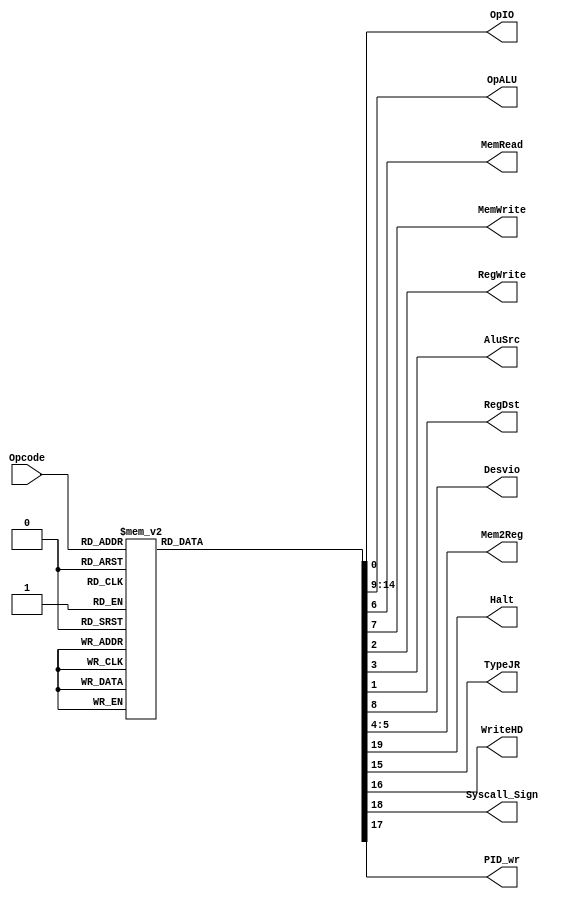
module UnidadedeControle(Opcode,OpIO,OpALU,MemRead,MemWrite,RegWrite,AluSrc,RegDst,Desvio,Mem2Reg,Halt,TypeJR,WriteHD,Syscall_Sign,PID_wr);

	input [5:0] Opcode;
	output reg OpIO,MemRead,MemWrite,RegWrite,AluSrc,RegDst,Desvio,Halt,TypeJR,WriteHD,Syscall_Sign,PID_wr;
	output reg[5:0] OpALU;
	output reg[1:0] Mem2Reg;

	always@(Opcode)
	begin

		case(Opcode)
			6'B000000: // ARITMETICAS
			begin
			OpIO 		<= 1'B0;
			RegDst 	<= 1'B1;
			RegWrite <= 1'B1;
			AluSrc 	<= 1'B0;
			Mem2Reg 	<= 2'B10;
			MemRead 	<= 1'B0;
			MemWrite <= 1'B0;
			Desvio 	<= 1'B0;
			OpALU 	<= 6'B000000;
			TypeJR   <= 1'B0;
			WriteHD  <= 1'B0;
			PID_wr   <= 1'B0;
			Syscall_Sign <= 1'B0;
			Halt <= 1'B0;
			end
			
			6'B000001: // LOGICAS
			begin
			OpIO 		<= 1'B0;
			RegDst 	<= 1'B1;
			RegWrite <= 1'B1;
			AluSrc 	<= 1'B0;
			Mem2Reg 	<= 2'B10;
			MemRead 	<= 1'B0;
			MemWrite <= 1'B0;
			Desvio 	<= 1'B0;
			OpALU 	<= 6'B000000;
			TypeJR   <= 1'B0;
			WriteHD  <= 1'B0;
			PID_wr   <= 1'B0;
			Syscall_Sign <= 1'B0;
			Halt <= 1'B0;
			end
			
			6'B000010: // ADDI
			begin
			OpIO 		<= 1'B0;
			RegDst 	<= 1'B0;
			RegWrite <= 1'B1;
			AluSrc 	<= 1'B1;
			Mem2Reg 	<= 2'B10;
			MemRead 	<= 1'B0;
			MemWrite <= 1'B0;
			Desvio 	<= 1'B0;
			OpALU 	<= 6'B000000;
			TypeJR   <= 1'B0;
			WriteHD  <= 1'B0;
			PID_wr   <= 1'B0;
			Syscall_Sign <= 1'B0;
			Halt <= 1'B0;
			end
			
			6'B000011: // MOVE
			begin
			OpIO 		<= 1'B0;
			RegDst 	<= 1'B0;
			RegWrite <= 1'B1;
			AluSrc 	<= 1'B1;
			Mem2Reg 	<= 2'B10;
			MemRead 	<= 1'B0;
			MemWrite <= 1'B0;
			Desvio 	<= 1'B0;
			OpALU 	<= 6'B000000;
			TypeJR   <= 1'B0;
			WriteHD  <= 1'B0;
			PID_wr   <= 1'B0;
			Syscall_Sign <= 1'B0;
			Halt <= 1'B0;
			end
			
			6'B000100: // SLT
			begin
			OpIO 		<= 1'B0;
			RegDst 	<= 1'B1;
			RegWrite <= 1'B1;
			AluSrc 	<= 1'B0;
			Mem2Reg 	<= 2'B10;
			MemRead 	<= 1'B0;
			MemWrite <= 1'B0;
			Desvio 	<= 1'B0;
			OpALU 	<= 6'B000000;
			TypeJR   <= 1'B0;
			WriteHD  <= 1'B0;	
			PID_wr   <= 1'B0;	
			Syscall_Sign <= 1'B0;
			Halt <= 1'B0;
			end
			
			6'B000101: // Jump
			begin
			OpIO 		<= 1'B0;
			RegDst 	<= 1'B1;
			RegWrite <= 1'B0;
			AluSrc 	<= 1'B1;
			Mem2Reg 	<= 2'B10;
			MemRead 	<= 1'B0;
			MemWrite <= 1'B0;
			Desvio 	<= 1'B1;
			OpALU 	<= 6'B000000;
			TypeJR   <= 1'B0;
			WriteHD  <= 1'B0;	
			PID_wr   <= 1'B0;	
			Syscall_Sign <= 1'B0;
			Halt     <= 1'B0;	
			end

			6'B000110: // Load
			begin
			OpIO 		<= 1'B0;
			RegDst 	<= 1'B0;
			RegWrite <= 1'B1;
			AluSrc 	<= 1'B1;
			Mem2Reg 	<= 2'B00;
			MemRead 	<= 1'B1;
			MemWrite <= 1'B0;
			Desvio 	<= 1'B0;
			OpALU 	<= 6'B000000;
			TypeJR   <= 1'B0;
			WriteHD  <= 1'B0;
			PID_wr   <= 1'B0;
			Syscall_Sign <= 1'B0;
			Halt <= 1'B0;		
			end
			
			6'B000111: // Store
			begin
			OpIO 		<= 1'B0;
			RegDst 	<= 1'B0;
			RegWrite <= 1'B0;
			AluSrc 	<= 1'B1;
			Mem2Reg 	<= 2'B10;
			MemRead 	<= 1'B0;
			MemWrite <= 1'B1;
			Desvio 	<= 1'B0;
			OpALU 	<= 6'B000000;
			TypeJR   <= 1'B0;
			WriteHD  <= 1'B0;
			PID_wr   <= 1'B0;	
			Syscall_Sign <= 1'B0;
			Halt <= 1'B0;	
			end
			
			6'B001000: // IN
			begin
			Halt     <= 1'B1;
			OpIO 		<= 1'B1;
			RegDst	<= 1'B0;
			RegWrite <= 1'B1;
			AluSrc 	<= 1'B1;
			Mem2Reg 	<= 2'B01;
			MemRead 	<= 1'B0;
			MemWrite <= 1'B0;
			Desvio 	<= 1'B0;
			OpALU 	<= 6'B000000;
			TypeJR   <= 1'B0;
			WriteHD  <= 1'B0;	
			PID_wr   <= 1'B0;
			Syscall_Sign <= 1'B0;
			end	
	
			6'B001001: // OUT
			begin
			OpIO 		<= 1'B1;
			RegDst 	<= 1'B0;
			RegWrite <= 1'B0;
			AluSrc 	<= 1'B1;
			Mem2Reg 	<= 2'B01;
			MemRead 	<= 1'B0;
			MemWrite <= 1'B0;
			Desvio 	<= 1'B0;
			OpALU 	<= 6'B000000;
			TypeJR   <= 1'B0;
			WriteHD  <= 1'B0;
			PID_wr   <= 1'B0;
			Syscall_Sign <= 1'B0;
			Halt <= 1'B0;
			end
			
			
			6'B001010: // BEQ
			begin
			OpIO 		<= 1'B0;
			RegDst 	<= 1'B0;
			RegWrite <= 1'B0;
			AluSrc 	<= 1'B0;
			Mem2Reg 	<= 2'B10;
			MemRead 	<= 1'B0;
			MemWrite <= 1'B0;
			Desvio 	<= 1'B1;
			OpALU 	<= 6'B000000;
			TypeJR   <= 1'B0;
			WriteHD  <= 1'B0;	
			PID_wr   <= 1'B0;	
			Syscall_Sign <= 1'B0;
			Halt <= 1'B0;
			end
			
			6'B001011: // BNE
			begin
			OpIO 		<= 1'B0;
			RegDst 	<= 1'B0;
			RegWrite <= 1'B0;
			AluSrc 	<= 1'B0;
			Mem2Reg 	<= 2'B10;
			MemRead 	<= 1'B0;
			MemWrite <= 1'B0;
			Desvio 	<= 1'B1;
			OpALU 	<= 6'B000000;
			TypeJR   <= 1'B0;
			WriteHD  <= 1'B0;
			PID_wr   <= 1'B0;
			Syscall_Sign <= 1'B0;
			Halt <= 1'B0;
			end
			
			6'B001100: // NOP (12)
			begin
			OpIO 		<= 1'B0;
			RegDst 	<= 1'B0;
			RegWrite <= 1'B0;
			AluSrc 	<= 1'B0;
			Mem2Reg 	<= 2'B10;
			MemRead 	<= 1'B0;
			MemWrite <= 1'B0;
			Desvio 	<= 1'B0;
			OpALU 	<= 6'B000000;
			TypeJR   <= 1'B0;
			WriteHD  <= 1'B0;
			PID_wr   <= 1'B0;
			Syscall_Sign <= 1'B0;
			Halt <= 1'B0;
			end
			
			6'B001101: // diff (13)
			begin
			OpIO 		<= 1'B0;
			RegDst 	<= 1'B1;
			RegWrite <= 1'B1;
			AluSrc 	<= 1'B0;
			Mem2Reg 	<= 2'B10;
			MemRead 	<= 1'B0;
			MemWrite <= 1'B0;
			Desvio 	<= 1'B0;
			OpALU 	<= 6'B000000;
			TypeJR   <= 1'B0;
			WriteHD  <= 1'B0;
			PID_wr   <= 1'B0;
			Syscall_Sign <= 1'B0;
			Halt <= 1'B0;
			end
			
			6'B001111: // sbt (15)
			begin
			OpIO 		<= 1'B0;
			RegDst 	<= 1'B1;
			RegWrite <= 1'B1;
			AluSrc 	<= 1'B0;
			Mem2Reg 	<= 2'B10;
			MemRead 	<= 1'B0;
			MemWrite <= 1'B0;
			Desvio 	<= 1'B0;
			OpALU 	<= 6'B000000;
			TypeJR   <= 1'B0;
			WriteHD  <= 1'B0;
			PID_wr   <= 1'B0;
			Syscall_Sign <= 1'B0;
			Halt <= 1'B0;
			end
			
			6'B010000: // equal () (16)
			begin
			OpIO 		<= 1'B0;
			RegDst 	<= 1'B1;
			RegWrite <= 1'B1;
			AluSrc 	<= 1'B0;
			Mem2Reg 	<= 2'B10;
			MemRead 	<= 1'B0;
			MemWrite <= 1'B0;
			Desvio 	<= 1'B0;
			OpALU 	<= 6'B000000;
			TypeJR   <= 1'B0;
			WriteHD  <= 1'B0;
			PID_wr   <= 1'B0;
			Syscall_Sign <= 1'B0;
			Halt <= 1'B0;
			end
			
			6'B010001: // sbte (17)
			begin
			OpIO 		<= 1'B0;
			RegDst 	<= 1'B1;
			RegWrite <= 1'B1;
			AluSrc 	<= 1'B0;
			Mem2Reg 	<= 2'B10;
			MemRead 	<= 1'B0;
			MemWrite <= 1'B0;
			Desvio 	<= 1'B0;
			OpALU 	<= 6'B000000;
			TypeJR   <= 1'B0;
			WriteHD  <= 1'B0;
			PID_wr   <= 1'B0;
			Syscall_Sign <= 1'B0;
			Halt <= 1'B0;
			end
			
			6'B010010: // slte (18)
			begin
			OpIO 		<= 1'B0;
			RegDst 	<= 1'B1;
			RegWrite <= 1'B1;
			AluSrc 	<= 1'B0;
			Mem2Reg 	<= 2'B10;
			MemRead 	<= 1'B0;
			MemWrite <= 1'B0;
			Desvio 	<= 1'B0;
			OpALU 	<= 6'B000000;	
			TypeJR   <= 1'B0;
			WriteHD  <= 1'B0;
			PID_wr   <= 1'B0;
			Syscall_Sign <= 1'B0;
			Halt <= 1'B0;
			end
			
			6'B010011: // JR (19)
			begin
			OpIO 		<= 1'B0;
			RegDst 	<= 1'B1;
			RegWrite <= 1'B0;
			AluSrc 	<= 1'B1;
			Mem2Reg 	<= 2'B10;
			MemRead 	<= 1'B0;
			MemWrite <= 1'B0;
			Desvio 	<= 1'B1;
			OpALU 	<= 6'B000000;
			TypeJR 	<= 1'B1;
			WriteHD  <= 1'B0;
			PID_wr   <= 1'B0;
			Syscall_Sign <= 1'B0;
			Halt <= 1'B0;
			end
			
			6'B010100: // SUBI
			begin
			OpIO 		<= 1'B0;
			RegDst 	<= 1'B0;
			RegWrite <= 1'B1;
			AluSrc 	<= 1'B1;
			Mem2Reg 	<= 2'B10;
			MemRead 	<= 1'B0;
			MemWrite <= 1'B0;
			Desvio 	<= 1'B0;
			OpALU 	<= 6'B000000;			
			TypeJR   <= 1'B0;
			WriteHD  <= 1'B0;
			PID_wr   <= 1'B0;
			Syscall_Sign <= 1'B0;
			Halt <= 1'B0;
			end
			
			6'B010101: // BEGIN_FILE
			begin
			OpIO 		<= 1'B0;
			RegDst 	<= 1'B0;
			RegWrite <= 1'B0;
			AluSrc 	<= 1'B0;
			Mem2Reg 	<= 2'B10;
			MemRead 	<= 1'B0;
			MemWrite <= 1'B0;
			Desvio 	<= 1'B0;
			OpALU 	<= 6'B000000;
			TypeJR   <= 1'B0;
			WriteHD  <= 1'B0;
			PID_wr   <= 1'B0;
			Syscall_Sign <= 1'B0;
			Halt <= 1'B0;
			end
			
			6'B010110: // END_FILE
			begin
			OpIO 		<= 1'B0;
			RegDst 	<= 1'B0;
			RegWrite <= 1'B0;
			AluSrc 	<= 1'B0;
			Mem2Reg 	<= 2'B10;
			MemRead 	<= 1'B0;
			MemWrite <= 1'B0;
			Desvio 	<= 1'B0;
			OpALU 	<= 6'B000000;
			TypeJR   <= 1'B0;
			WriteHD  <= 1'B0;
			PID_wr   <= 1'B0;
			Syscall_Sign <= 1'B0;
			Halt <= 1'B0;
			end
			
			6'B010111: // HD_HEAD
			begin
			OpIO 		<= 1'B0;
			RegDst 	<= 1'B0;
			RegWrite <= 1'B0;
			AluSrc 	<= 1'B0;
			Mem2Reg 	<= 2'B10;
			MemRead 	<= 1'B0;
			MemWrite <= 1'B0;
			Desvio 	<= 1'B0;
			OpALU 	<= 6'B000000;
			TypeJR   <= 1'B0;
			WriteHD  <= 1'B0;
			PID_wr   <= 1'B0;
			Syscall_Sign <= 1'B0;
			Halt <= 1'B0;
			end
			
			6'B011000: // HD_END
			begin
			OpIO 		<= 1'B0;
			RegDst 	<= 1'B0;
			RegWrite <= 1'B0;
			AluSrc 	<= 1'B0;
			Mem2Reg 	<= 2'B10;
			MemRead 	<= 1'B0;
			MemWrite <= 1'B0;
			Desvio 	<= 1'B0;
			OpALU 	<= 6'B000000;
			TypeJR   <= 1'B0;
			WriteHD  <= 1'B0;
			PID_wr   <= 1'B0;
			Syscall_Sign <= 1'B0;
			Halt <= 1'B0;
			end
			
			6'B011001: // HALT
			begin
			OpIO 		<= 1'B0;
			RegDst 	<= 1'B0;
			RegWrite <= 1'B0;
			AluSrc 	<= 1'B0;
			Mem2Reg 	<= 2'B10;
			MemRead 	<= 1'B0;
			MemWrite <= 1'B0;
			Desvio 	<= 1'B0;
			OpALU 	<= 6'B000000;
			TypeJR   <= 1'B0;
			WriteHD  <= 1'B0;
			PID_wr   <= 1'B0;
			Syscall_Sign <= 1'B0;
			Halt <= 1'B0;
			end
			
			6'B011010: // EMIT_MSG
			begin
			OpIO 		<= 1'B0;
			RegDst 	<= 1'B0;
			RegWrite <= 1'B0;
			AluSrc 	<= 1'B0;
			Mem2Reg 	<= 2'B10;
			MemRead 	<= 1'B0;
			MemWrite <= 1'B0;
			Desvio 	<= 1'B0;
			OpALU 	<= 6'B000000;
			TypeJR   <= 1'B0;
			WriteHD  <= 1'B0;
			PID_wr   <= 1'B0;
			Syscall_Sign <= 1'B0;
			Halt <= 1'B0;
			end
			
			6'B011011: // ROUND_ROBIN
			begin
			OpIO 		<= 1'B0;
			RegDst 	<= 1'B0;
			RegWrite <= 1'B0;
			AluSrc 	<= 1'B0;
			Mem2Reg 	<= 2'B10;
			MemRead 	<= 1'B0;
			MemWrite <= 1'B0;
			Desvio 	<= 1'B0;
			OpALU 	<= 6'B000000;
			TypeJR   <= 1'B0;
			WriteHD  <= 1'B0;
			Syscall_Sign <= 1'B0;
			Halt <= 1'B0;
			PID_wr   <= 1'B0;
			end
			
			6'B011100: // SET_PID
			begin
			OpIO 		<= 1'B0;
			RegDst 	<= 1'B0;
			RegWrite <= 1'B1;
			AluSrc 	<= 1'B1;
			Mem2Reg 	<= 2'B00;
			MemRead 	<= 1'B1;
			MemWrite <= 1'B0;
			Desvio 	<= 1'B0;
			OpALU 	<= 6'B000000;
			TypeJR   <= 1'B0;
			WriteHD  <= 1'B0;
			PID_wr	<= 1'B1;
			Syscall_Sign <= 1'B0;
			Halt <= 1'B0;
			end
			
			6'B011101: // CREATE_FILE
			begin
			OpIO 		<= 1'B0;
			RegDst 	<= 1'B0;
			RegWrite <= 1'B0;
			AluSrc 	<= 1'B0;
			Mem2Reg 	<= 2'B10;
			MemRead 	<= 1'B0;
			MemWrite <= 1'B0;
			Desvio 	<= 1'B0;
			OpALU 	<= 6'B000000;
			TypeJR   <= 1'B0;
			WriteHD  <= 1'B0;
			PID_wr   <= 1'B0;
			Syscall_Sign <= 1'B0;
			Halt <= 1'B0;
			end
			
			6'B011110: // Write
			begin
			OpIO 		<= 1'B0;
			RegDst 	<= 1'B0;
			RegWrite <= 1'B1;
			AluSrc 	<= 1'B1;
			Mem2Reg 	<= 2'B11;
			MemRead 	<= 1'B0;
			MemWrite <= 1'B0;
			Desvio 	<= 1'B0;
			OpALU 	<= 6'B000000;
			TypeJR   <= 1'B0;
			WriteHD  <= 1'B1;
			PID_wr   <= 1'B0;
			Syscall_Sign <= 1'B0;
			Halt <= 1'B0;
			end
			
			6'B011111: // Read
			begin
			OpIO 		<= 1'B0;
			RegDst 	<= 1'B0;
			RegWrite <= 1'B1;
			AluSrc 	<= 1'B1;
			Mem2Reg 	<= 2'B11;
			MemRead 	<= 1'B1;
			MemWrite <= 1'B0;
			Desvio 	<= 1'B0;
			OpALU 	<= 6'B000000;
			TypeJR   <= 1'B0;
			WriteHD  <= 1'B0;
			PID_wr   <= 1'B0;
			Syscall_Sign <= 1'B0;
			Halt <= 1'B0;
			end
			
			6'B100000: // CLOSE_FILE
			begin
			OpIO 		<= 1'B0;
			RegDst 	<= 1'B0;
			RegWrite <= 1'B0;
			AluSrc 	<= 1'B0;
			Mem2Reg 	<= 2'B10;
			MemRead 	<= 1'B0;
			MemWrite <= 1'B0;
			Desvio 	<= 1'B0;
			OpALU 	<= 6'B000000;
			TypeJR   <= 1'B0;
			WriteHD  <= 1'B0;
			PID_wr   <= 1'B0;
			Syscall_Sign <= 1'B0;
			Halt <= 1'B0;
			end
			
			6'B100001: // KERNEL_SWAP
			begin
			OpIO 		<= 1'B0;
			RegDst 	<= 1'B0;
			RegWrite <= 1'B0;
			AluSrc 	<= 1'B1;
			Mem2Reg 	<= 2'B10;
			MemRead 	<= 1'B0;
			MemWrite <= 1'B1;
			Desvio 	<= 1'B0;
			OpALU 	<= 6'B000000;
			TypeJR   <= 1'B0;
			WriteHD  <= 1'B0;	
		   Syscall_Sign <= 1'B1;
			PID_wr   <= 1'B0;
			Halt <= 1'B0;
			end
			
			default: // Not operation
			begin
			OpIO 		<= 1'B0;
			RegDst 	<= 1'B0;
			RegWrite <= 1'B0;
			AluSrc 	<= 1'B0;
			Mem2Reg 	<= 2'B10;
			MemRead 	<= 1'B0;
			MemWrite <= 1'B0;
			Desvio 	<= 1'B0;
			OpALU 	<= 6'B000000;
			TypeJR   <= 1'B0;
			WriteHD  <= 1'B0;
			PID_wr   <= 1'B0;
			Syscall_Sign <= 1'B0;
			Halt <= 1'B0;
			end
		endcase
	end

endmodule